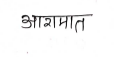
मजकूर: आरामात